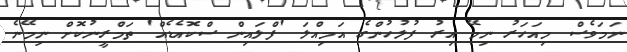
ނަމަވެސް މިއަހަރު ނިމޭ އިރު ފުލުހުންގެ އަމިއްލަ 'ފްލައިން ސްކޮއެޑެއް' ތަމްރީނުކޮށް ނިމޭނެ